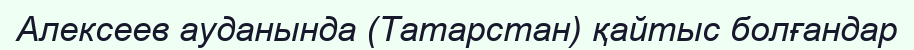
Алексеев ауданында (Татарстан) қайтыс болғандар